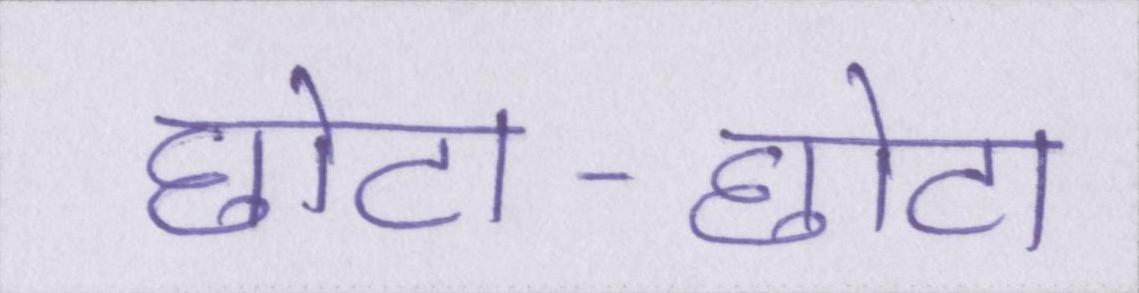
छोटा-छोटा